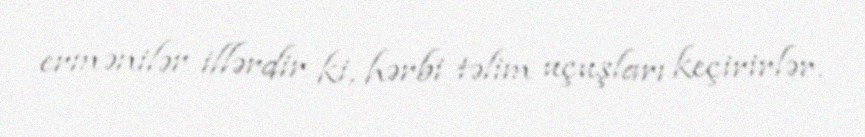
ermənilər illərdir ki, hərbi təlim uçuşları keçirirlər.